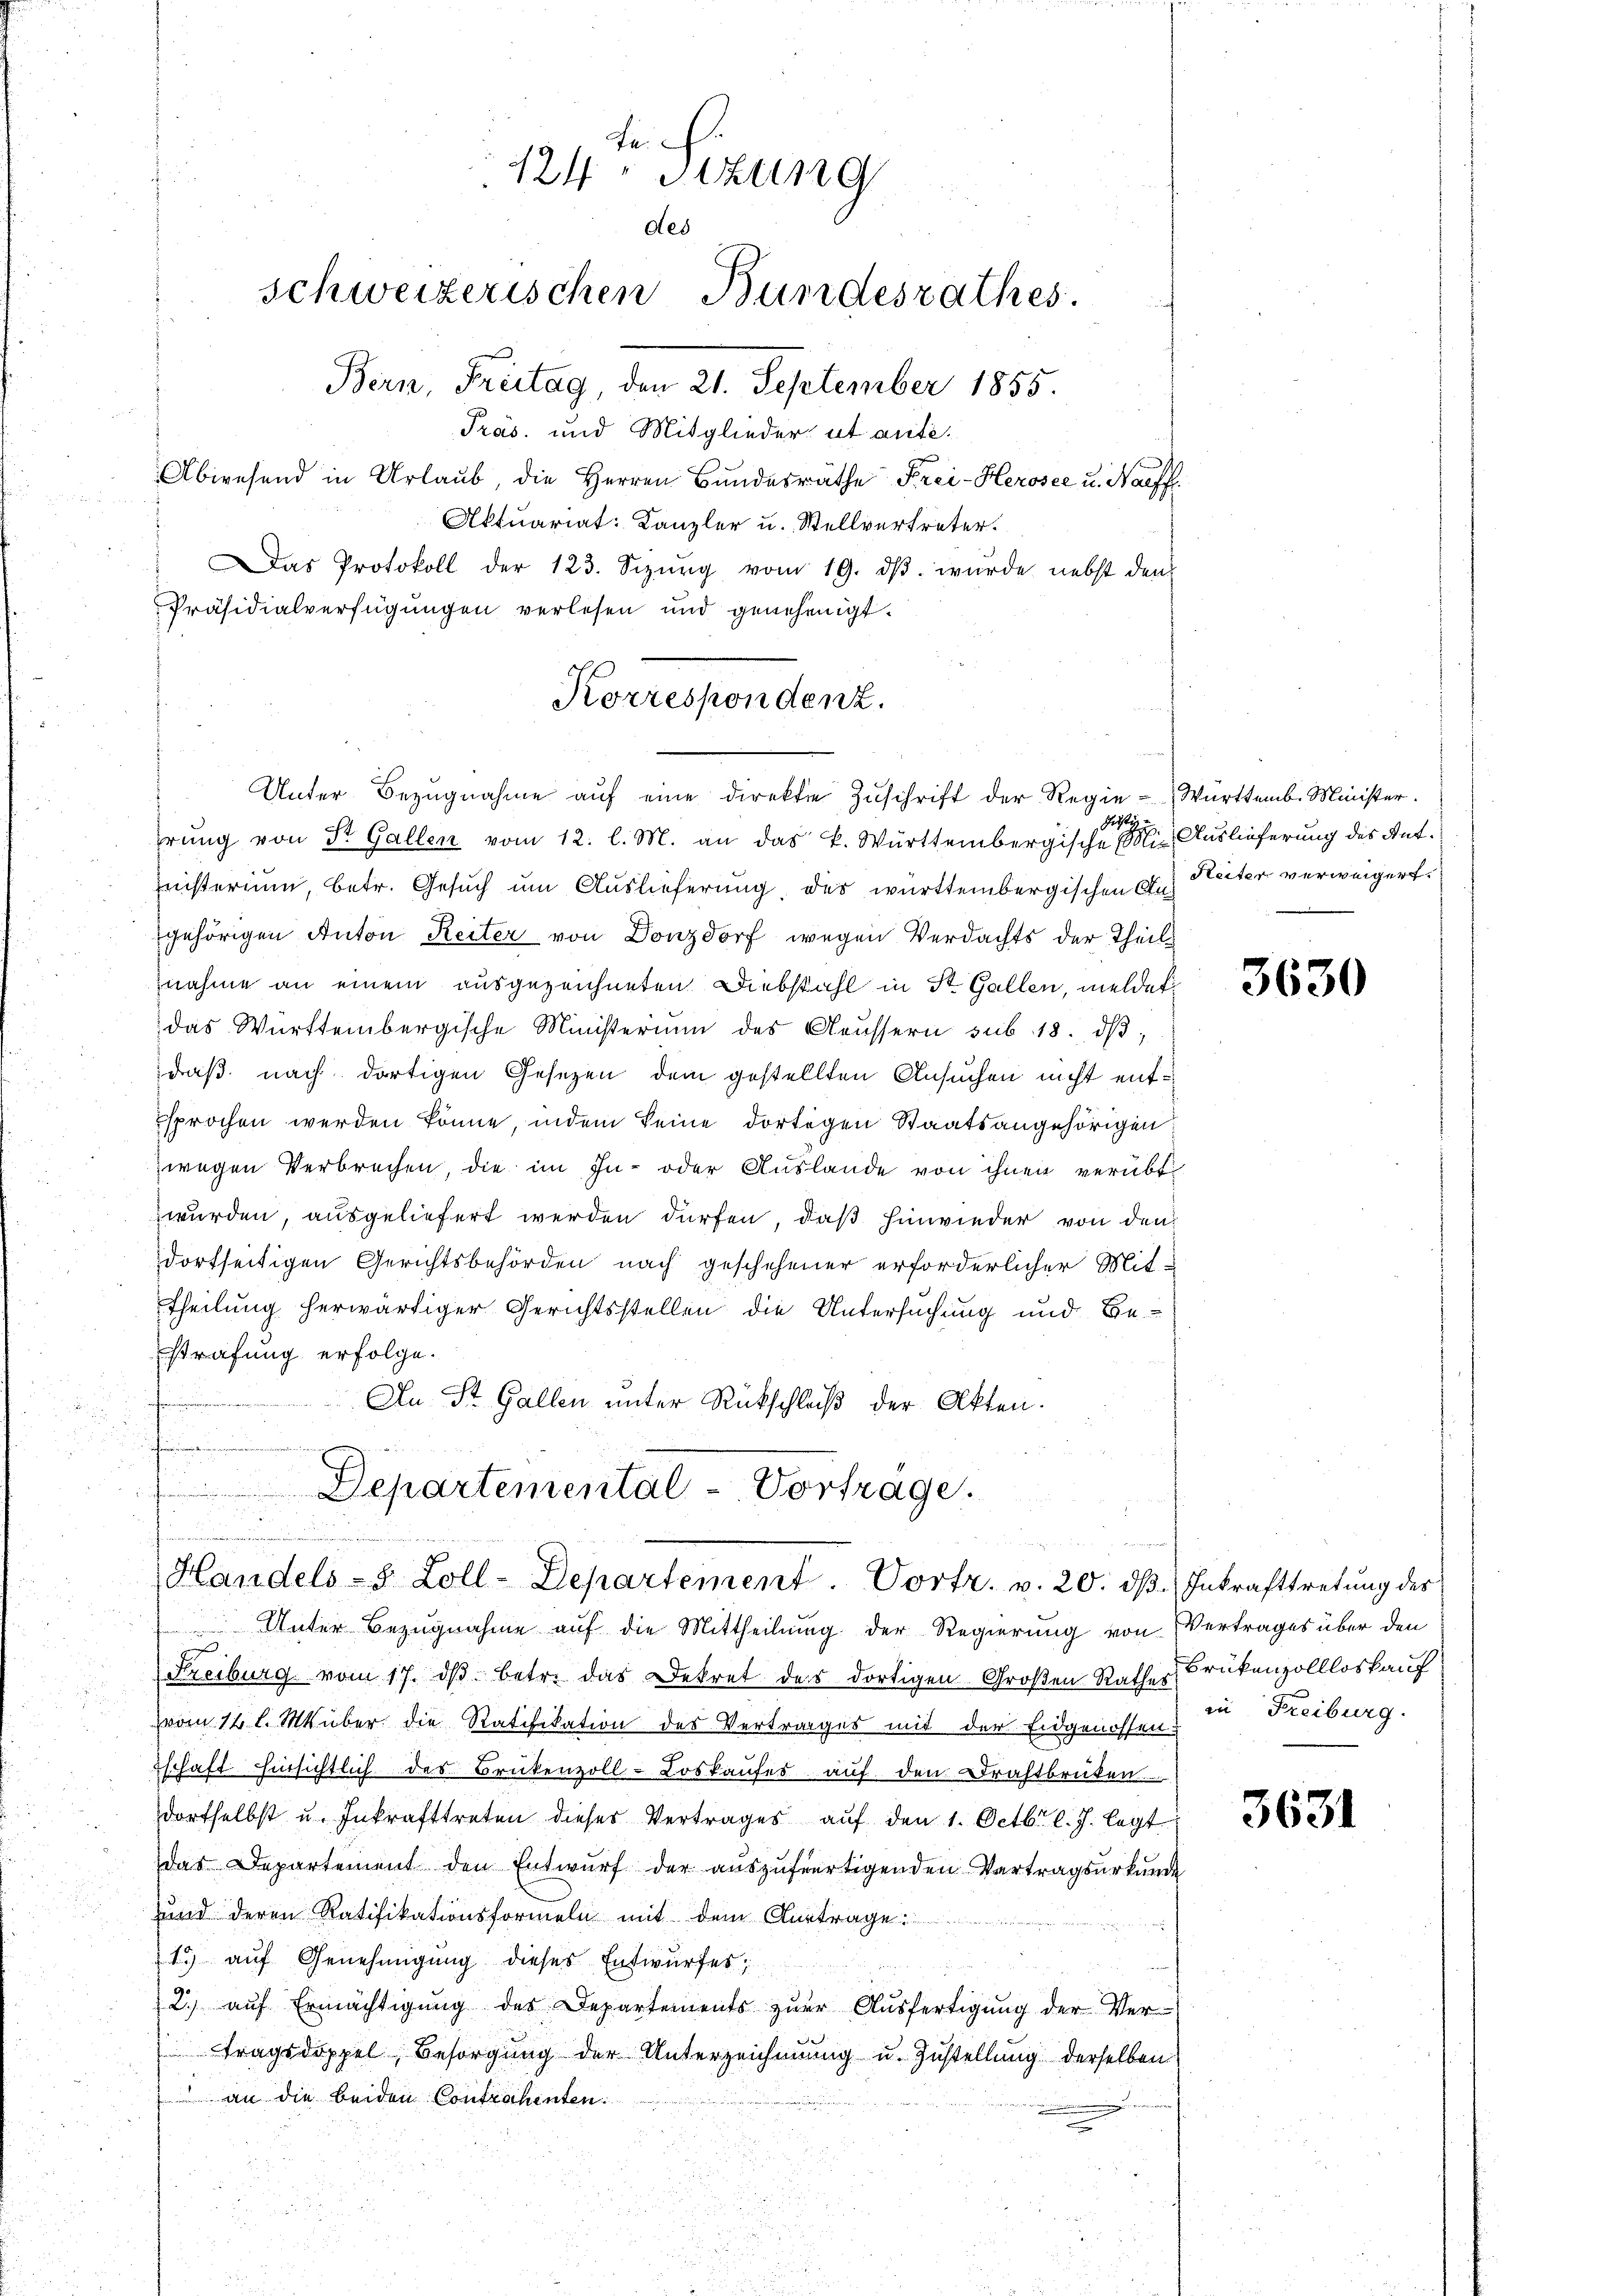
Reich
124 Stzung
des
schweizerischen Bundesrathes.
Bern, Freitag, den 21. September 1855.
Präs. und Mitglieder ut anti¬

Korrespondenz.
Unter Bezŭgnahme aŭf eine direktie Zŭschrift der Regie - Württemb. Minister.

Departemental-Vorträge.
Handels-S. Zoll-Departement. Vortr. v. 20. dβ Inkrafttretŭng des

Abwesend in Urlaub die Herren Bundesräthe Frei-Herosee u. Nachf
Aktuariat: Kanzler u. Stellvertreter.
Das Protokoll der 123. Sizŭng vom 19. dβ. würde nebst den
Präsidialverfügungen verlesen und genehmigt.
Geist
erung von St. Gallen vom 12. l. M. an das k. Württembergische Mit Auslieferung des Antinisterium, betr. Gesuch um Auslieferung der württembergischen A. Heiter verweigert.
gehörigen Anton Reiter von Donzdorf wegen Verdachts der Theils
nahme an einem ausgezeichneten Diebstahl in St. Gallen, meldet
das Württembergische Ministerium des Aeussern sub. 18. dβ,
daß nach dortigen Gesezen dem gestellten Ansuchen nicht entsprochen werden könne, indem keine dortigen Staatsangehörigen
zwegen Verbrechen, die im In- oder Auslande von ihnen verübt
wurden, ausgeliefert werden dürfen, daß hinwieder von den
dorfseitigen Gerichtsbehörden nach geschehener erforderlicher Mit-
theilung herwärtiger Gerichtsstellen die Untersuchung und Bestrafung erfolge.
An St. Gallen unter Rückschluß der Akten.
f

Unter Bezugnahme auf die Mittheilung der Regierung von Vertrages über den
(Freiburg vom 17. dβ betr. das Dekret des dortigen Großen Rathes Brükenzollloskauf
vom 12 l. M. über die Ratifikation des Vertrages mit der Eidgenossen:
schaft Einsichtlich des Brückenzoll-Loskaufes auf den Drahtbrüten
dortselbst u. Inkrafttreten dieser Vertrages aŭf den 1. Octbr. l. J. legt
das Departement den Entwurf der auszufertigenden Vertragsurkunde
und deren Ratifikationsformeln mit dem Antrage
1.) auf Genehmigung dieses Entwurfes;
2. aŭf Ermächtigŭng des Departements zŭr Aŭsfertigŭng der Ver-
tragsdoppel, Besorgung der Unterzeichnung u. Zustellung derselben
 an die beiden Contrahenten:

3630

in Freiburg.

3631